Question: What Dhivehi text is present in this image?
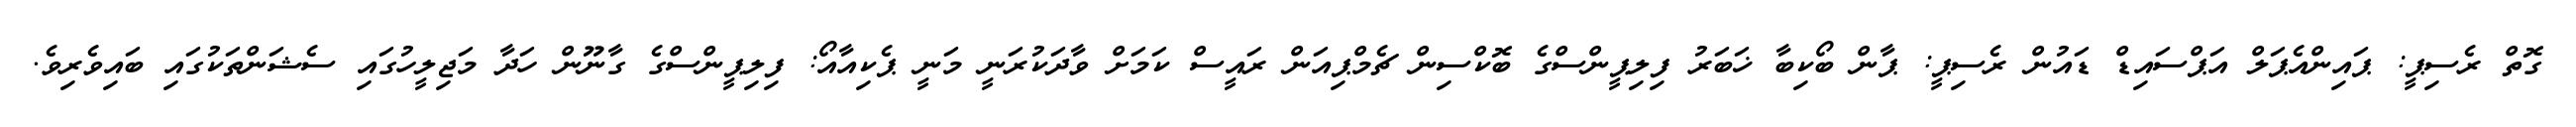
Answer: ގޮތް ރެސިޕީ: ޕައިންއެޕަލް އަޕްސައިޑް ޑައުން ރެސިޕީ: ޕާން ބޯކިބާ ޚަބަރު ފިލިޕީންސްގެ ބޮކްސިން ޗެމްޕިއަން ރައީސް ކަމަށް ވާދަކުރަނީ މަނީ ޕެކިއާއޯ: ފިލިޕީންސްގެ ގާނޫން ހަދާ މަޖިލީހުގައި ސެޝަންތަކުގައި ބައިވެރިވެ.